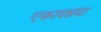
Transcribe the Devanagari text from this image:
एकावन्नवा